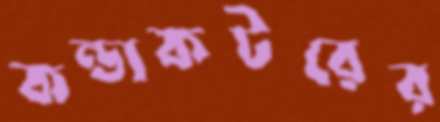
কন্ডাকটরের